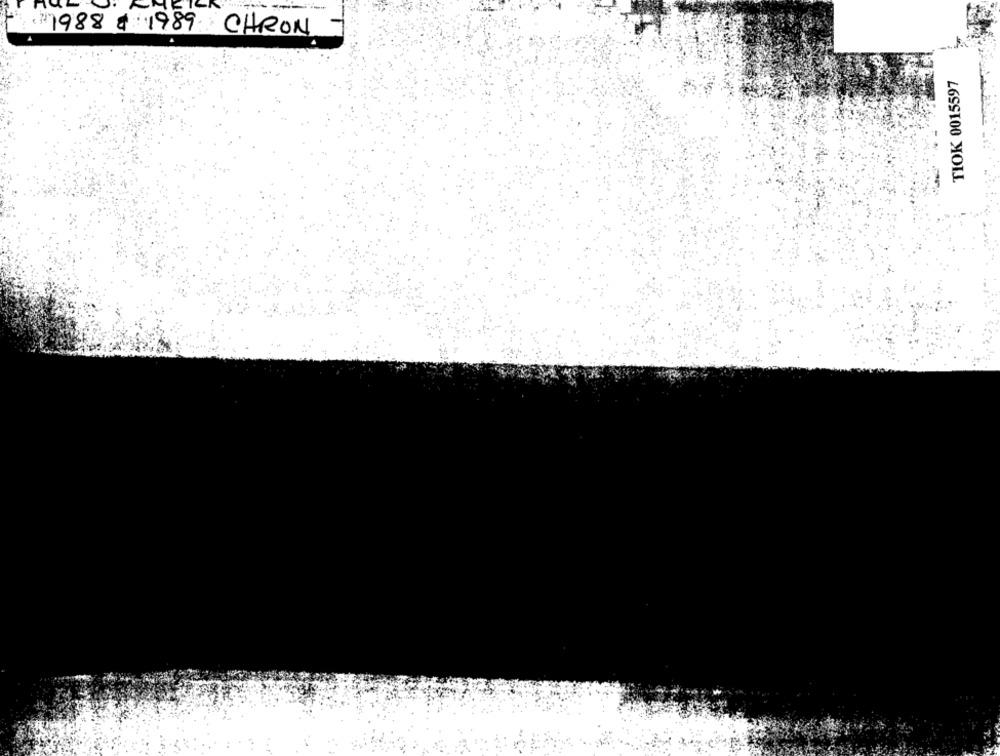
( 3) 1988 & 1989 CHRON
TIOK 0015597